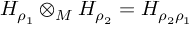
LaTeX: H _ { \rho _ { 1 } } \otimes _ { M } H _ { \rho _ { 2 } } = H _ { \rho _ { 2 } \rho _ { 1 } }